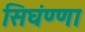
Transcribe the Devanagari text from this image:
सिघंण्णा